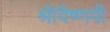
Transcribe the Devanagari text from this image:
श्रीवैष्णवी